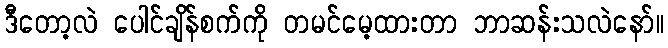
ဒီတော့လဲ ပေါင်ချိန်စက်ကို တမင်မေ့ထားတာ ဘာဆန်းသလဲနော်။